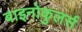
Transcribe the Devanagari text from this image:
बाइनोकुलर्स